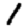
Digit: 1